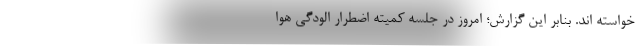
خواسته اند. بنابر این گزارش؛ امروز در جلسه کمیته اضطرار الودگی هوا